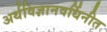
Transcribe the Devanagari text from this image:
अर्थविज्ञानवर्धिनीत